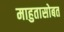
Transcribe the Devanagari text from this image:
माहुतासोबत